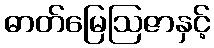
ဓာတ်မြေဩဇာနှင့်